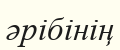
әрібінің